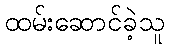
ထမ်းဆောင်ခဲ့သူ